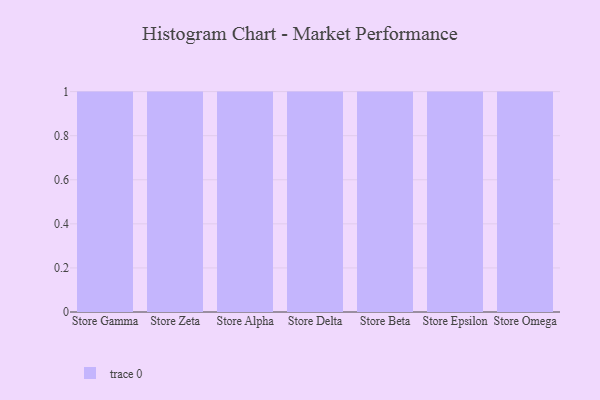
{"axis": {"x": "Store", "y": "Backlog"}, "legend": [""], "data": [{"x": "Store Gamma", "y": 56, "type": ""}, {"x": "Store Zeta", "y": 67, "type": ""}, {"x": "Store Alpha", "y": 18, "type": ""}, {"x": "Store Delta", "y": 73, "type": ""}, {"x": "Store Beta", "y": 44, "type": ""}, {"x": "Store Epsilon", "y": 29, "type": ""}, {"x": "Store Omega", "y": 61, "type": ""}]}